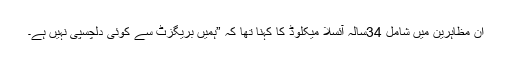
ان مظاہرین میں شامل 34سالہ آئسلا میکلوڈ کا کہنا تھا کہ ”ہمیں بریگزٹ سے کوئی دلچسپی نہیں ہے۔